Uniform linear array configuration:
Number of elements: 64
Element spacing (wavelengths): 1
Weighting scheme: uniform
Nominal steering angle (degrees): -30
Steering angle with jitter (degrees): -30.02
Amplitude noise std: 0.05
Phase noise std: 0.05

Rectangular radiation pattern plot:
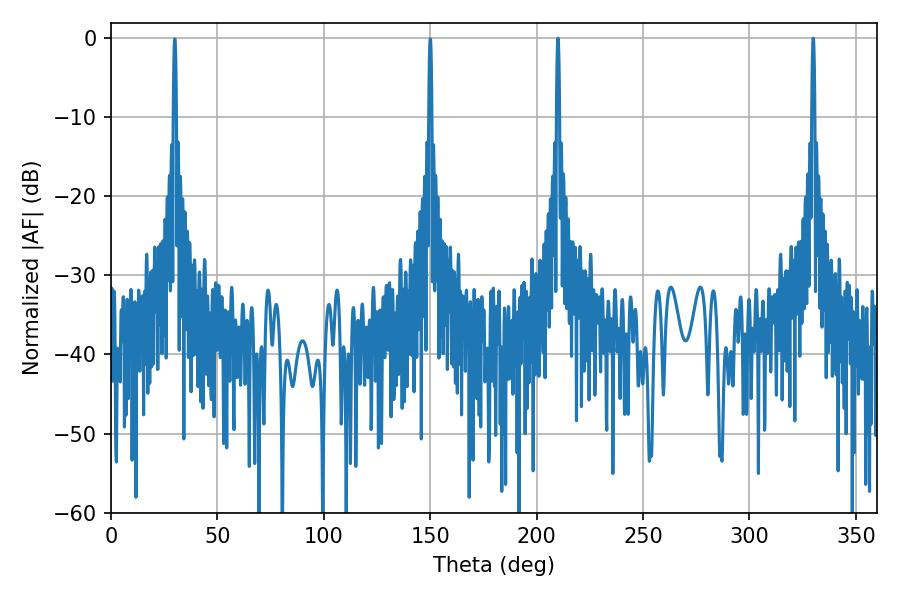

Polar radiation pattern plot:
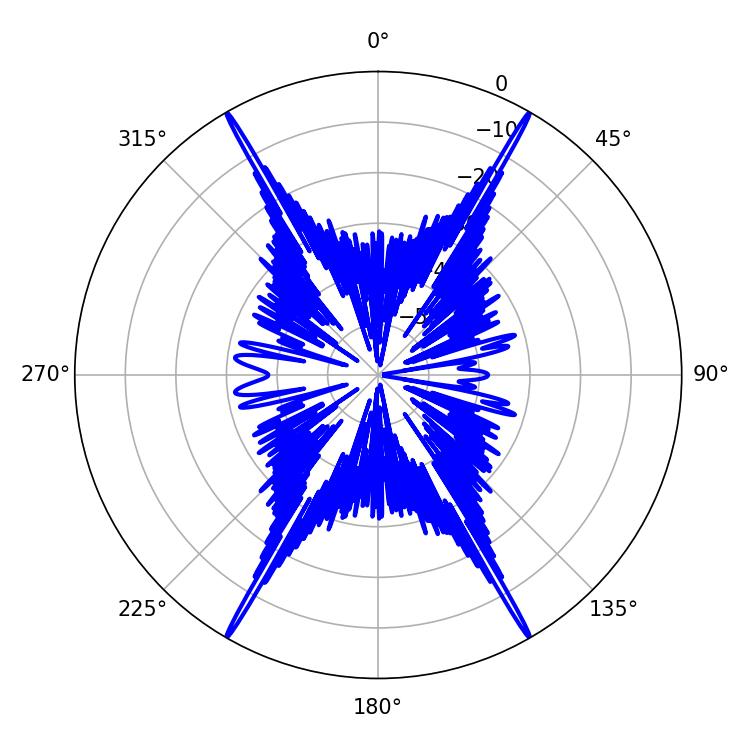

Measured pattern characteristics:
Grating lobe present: TRUE
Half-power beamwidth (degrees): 0.72
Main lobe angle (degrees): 329.94